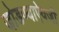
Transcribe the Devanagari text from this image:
जोडण्याऐवजी